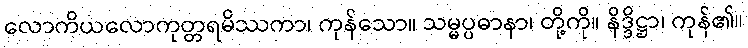
လောကိယလောကုတ္တရမိဿကာ၊ ကုန်သော။ သမ္မပ္ပဓာနာ၊ တို့ကို။ နိဒ္ဒိဋ္ဌာ၊ ကုန်၏။